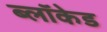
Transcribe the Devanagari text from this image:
ब्लॉकेड